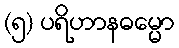
(၅) ပရိဟာနဓမ္မော